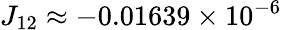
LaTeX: J_{12}\approx-0.01639\times 10^{-6}